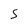
Character: S